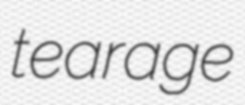
tearage